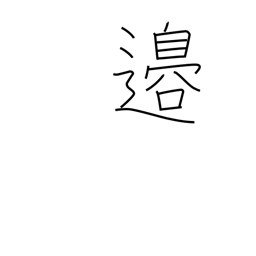
Meaning: border